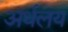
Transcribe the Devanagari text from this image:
अर्थलय